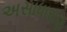
અસાધારાણ